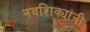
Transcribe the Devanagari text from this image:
नवशिक्यांनी